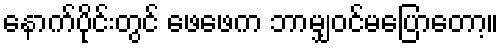
နောက်ပိုင်းတွင် ဖေဖေက ဘာမျှဝင်မပြောတော့။